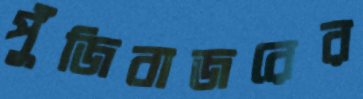
পুঁজিবাজরের